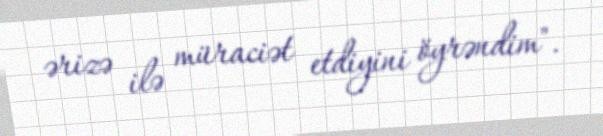
ərizə ilə müraciət etdiyini öyrəndim".